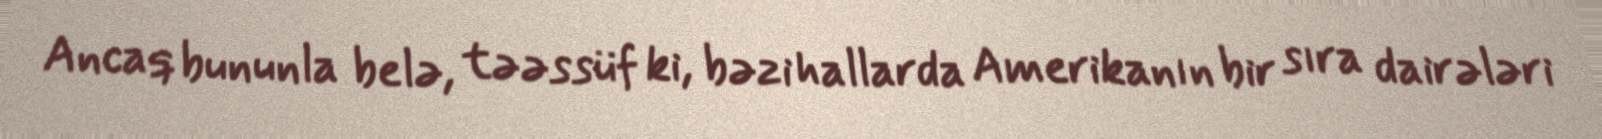
Ancaq bununla belə, təəssüf ki, bəzi hallarda Amerikanın bir sıra dairələri